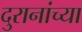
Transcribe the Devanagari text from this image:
दुरानांच्या